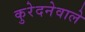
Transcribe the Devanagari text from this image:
कुरेदनेवाले